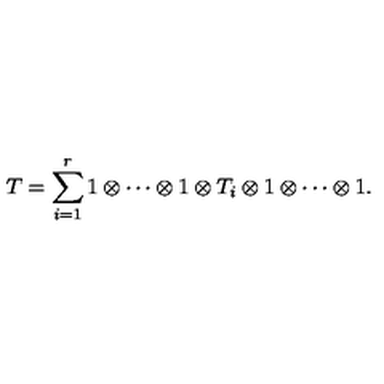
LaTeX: T = \sum _ { i = 1 } ^ { r } 1 \otimes \cdots \otimes 1 \otimes T _ { i } \otimes 1 \otimes \cdots \otimes 1 .